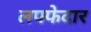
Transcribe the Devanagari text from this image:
लफ्फेदार